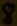
Text: 8